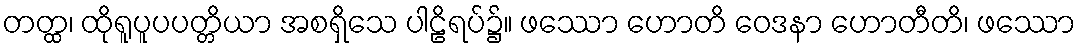
တတ္ထ၊ ထိုရူပူပပတ္တိယာ အစရှိသေ ပါဠိရပ်၌။ ဖဿော ဟောတိ ဝေဒနာ ဟောတီတိ၊ ဖဿော